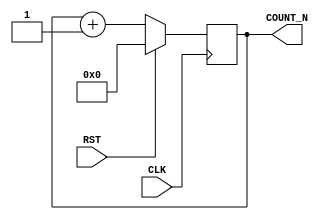
module count_nbit(CLK, RST, COUNT_N);
    parameter N_BIT = 8;
    input CLK, RST;
    output[N_BIT-1:0] COUNT_N;
    reg[N_BIT-1:0] count_n;

    initial count_n = 0;
    always @(posedge CLK) begin
        if (RST == 1'b1)
            count_n <= {N_BIT{1'b0}};
        else
            count_n <= count_n + 1;
    end

    assign COUNT_N = count_n;
endmodule